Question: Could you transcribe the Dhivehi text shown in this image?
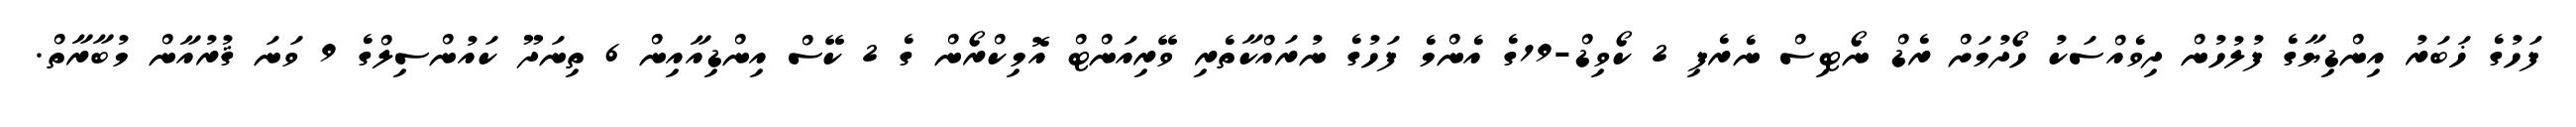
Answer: ފަހުގެ ޚަބަރު އިންޑިޔާގެ ފުލުހުން ދިވެއްސަކު ހޯދުމަށް ރެޑް ނޯޓިސް ނެރެފި 2 ކޯވިޑް-19ގެ އެންމެ ފަހުގެ ނުރައްކާތެރި ވޭރިއަންޓް އޮމިކްރޯން ގެ 2 ކޭސް އިންޑިއާއިން 6 ތިނަދޫ ކައުންސިލްގެ 9 ވަނަ ޤުރުއާން މުބާރާތް.